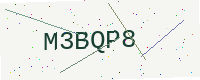
Text: M3BQP8